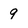
Character: 9